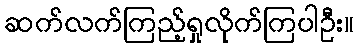
ဆက်လက်ကြည့်ရှုလိုက်ကြပါဦး။